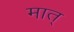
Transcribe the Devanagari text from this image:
मात्